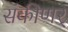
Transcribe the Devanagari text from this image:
संकीणर्